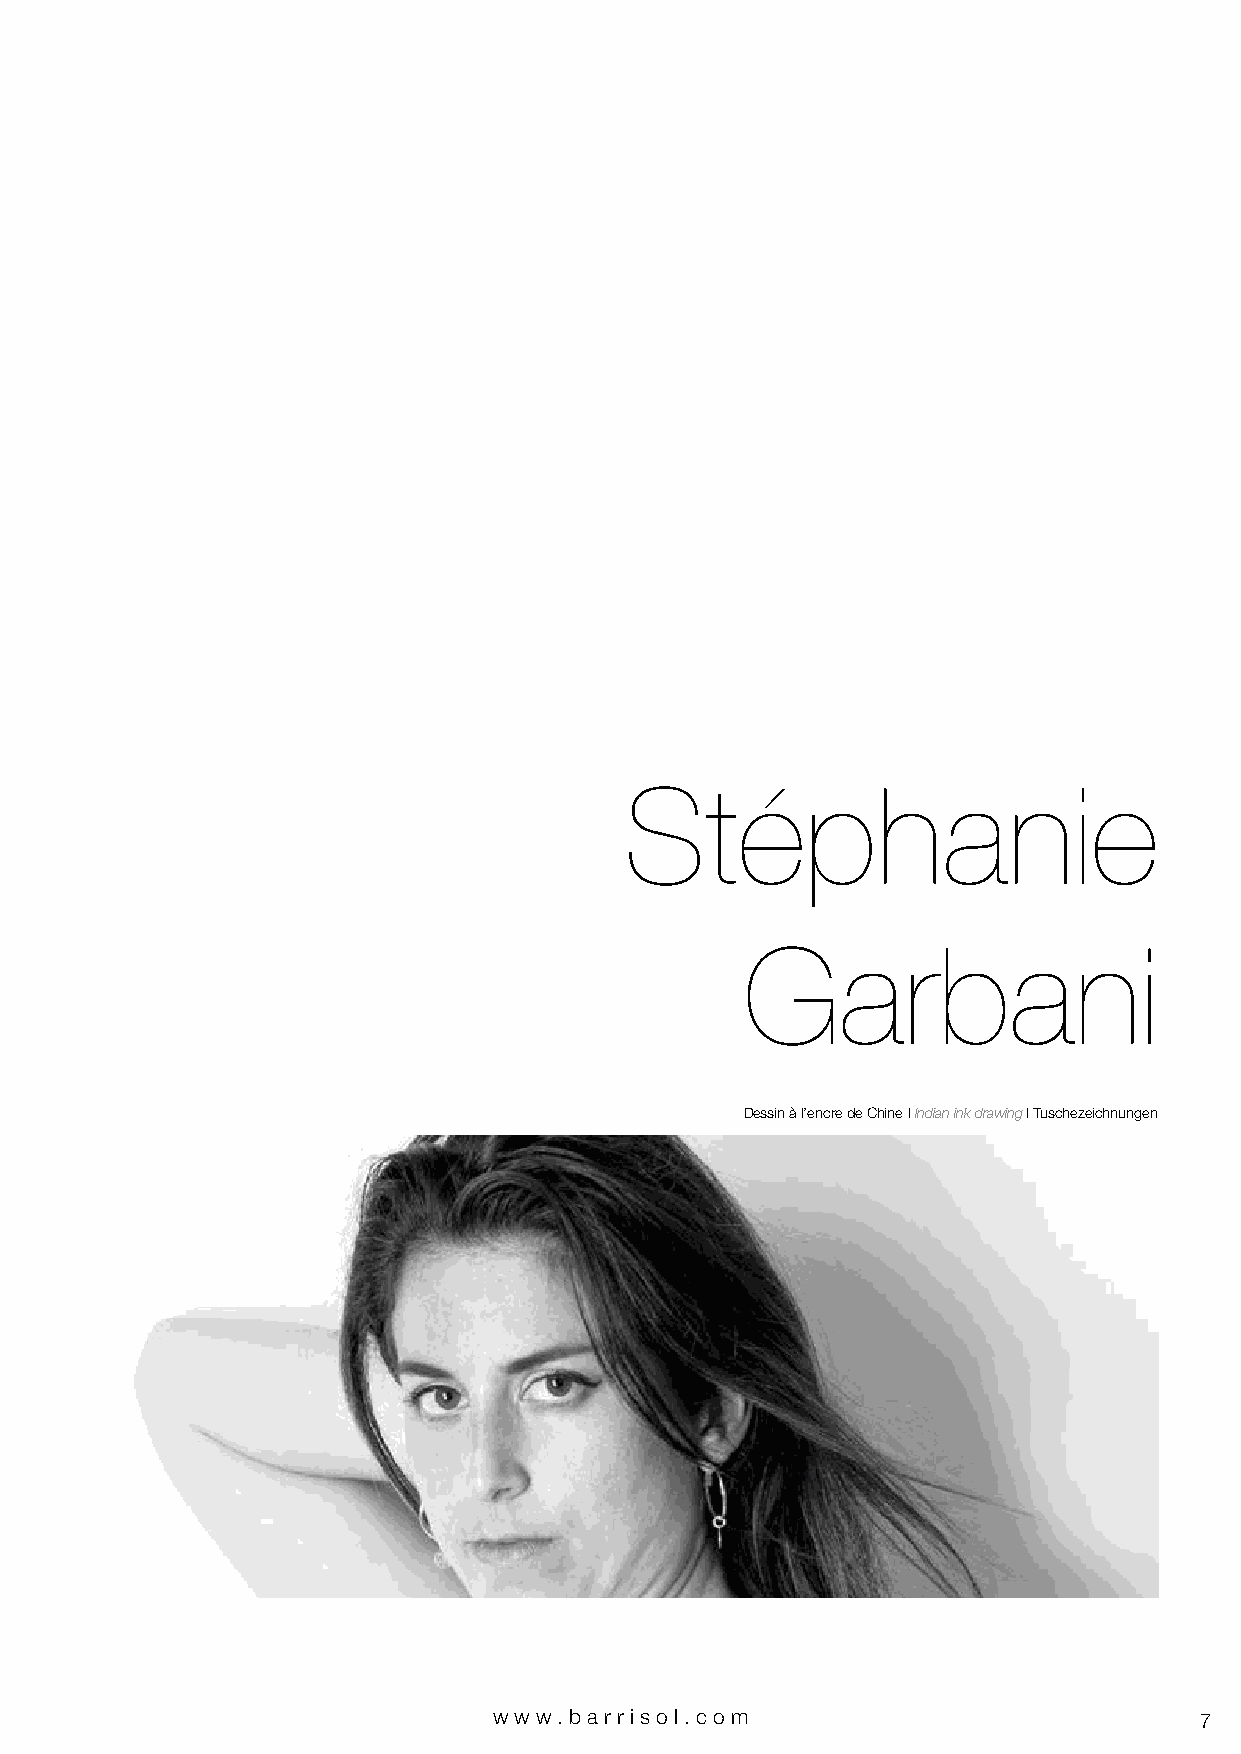
Stéphanie
 Garbani
 Dessin à l’encre de Chine I Indian ink drawing I Tuschezeichnungen
 www.bar riso l. com                           7